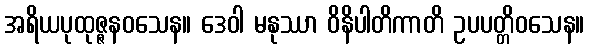
အရိယပုထုဇ္ဇနဝသေန။ ဒေဝါ မနုဿာ ဝိနိပါတိကာတိ ဥပပတ္တိဝသေန။